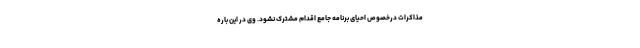
مذاکرات درخصوص احیای برنامه جامع اقدام مشترک نشود. وی در این باره